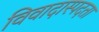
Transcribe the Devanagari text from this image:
विवादास्पदता